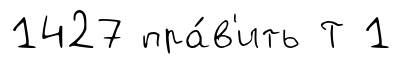
1427 пра́в'ить Т 1